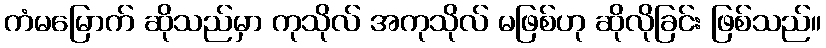
ကံမမြောက် ဆိုသည်မှာ ကုသိုလ် အကုသိုလ် မဖြစ်ဟု ဆိုလိုခြင်း ဖြစ်သည်။